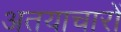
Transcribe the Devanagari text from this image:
अतयाचारों